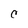
Character: C